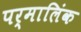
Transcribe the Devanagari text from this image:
पर्मालिंक